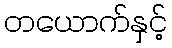
တယောက်နှင့်